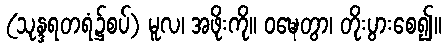
(သုန္ဒရတရံ၌စပ်) မူလ၊ အဖိုးကို။ ဝဍ္ဎေတွာ၊ တိုးပွားစေ၍။